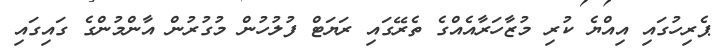
ޕެރިހުގައި އިއްޔެ ކުރި މުޒާހަރާއެއްގެ ތެރޭގައި ރަޔަޓް ފުލުހުން މުގުރުން އާންމުންގެ ގައިގައި